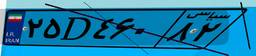
۲۵D۴۶۰۸۲